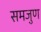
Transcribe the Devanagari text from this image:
समजुण